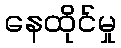
နေထိုင်မှု